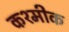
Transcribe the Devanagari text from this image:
कश्मीक